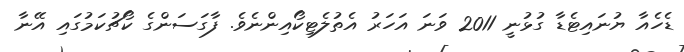
ޑެހެއާ ޔުނައިޓެޑާ ގުޅުނީ 2011 ވަނަ އަހަރު އެތުލެޓިކޯއިންނެވެ. ފާގަސަންގެ ކޯޗުކަމުގައި އޭނާ